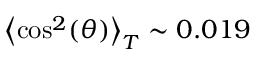
\left\langle \cos ^ { 2 } ( \theta ) \right\rangle _ { T } \sim 0 . 0 1 9